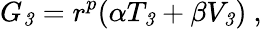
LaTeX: G_{\mathit 3}=r^{p}(\alpha T_{\mathit 3}+\beta V_{\mathit 3})\ ,